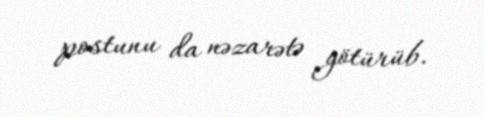
postunu da nəzarətə götürüb.